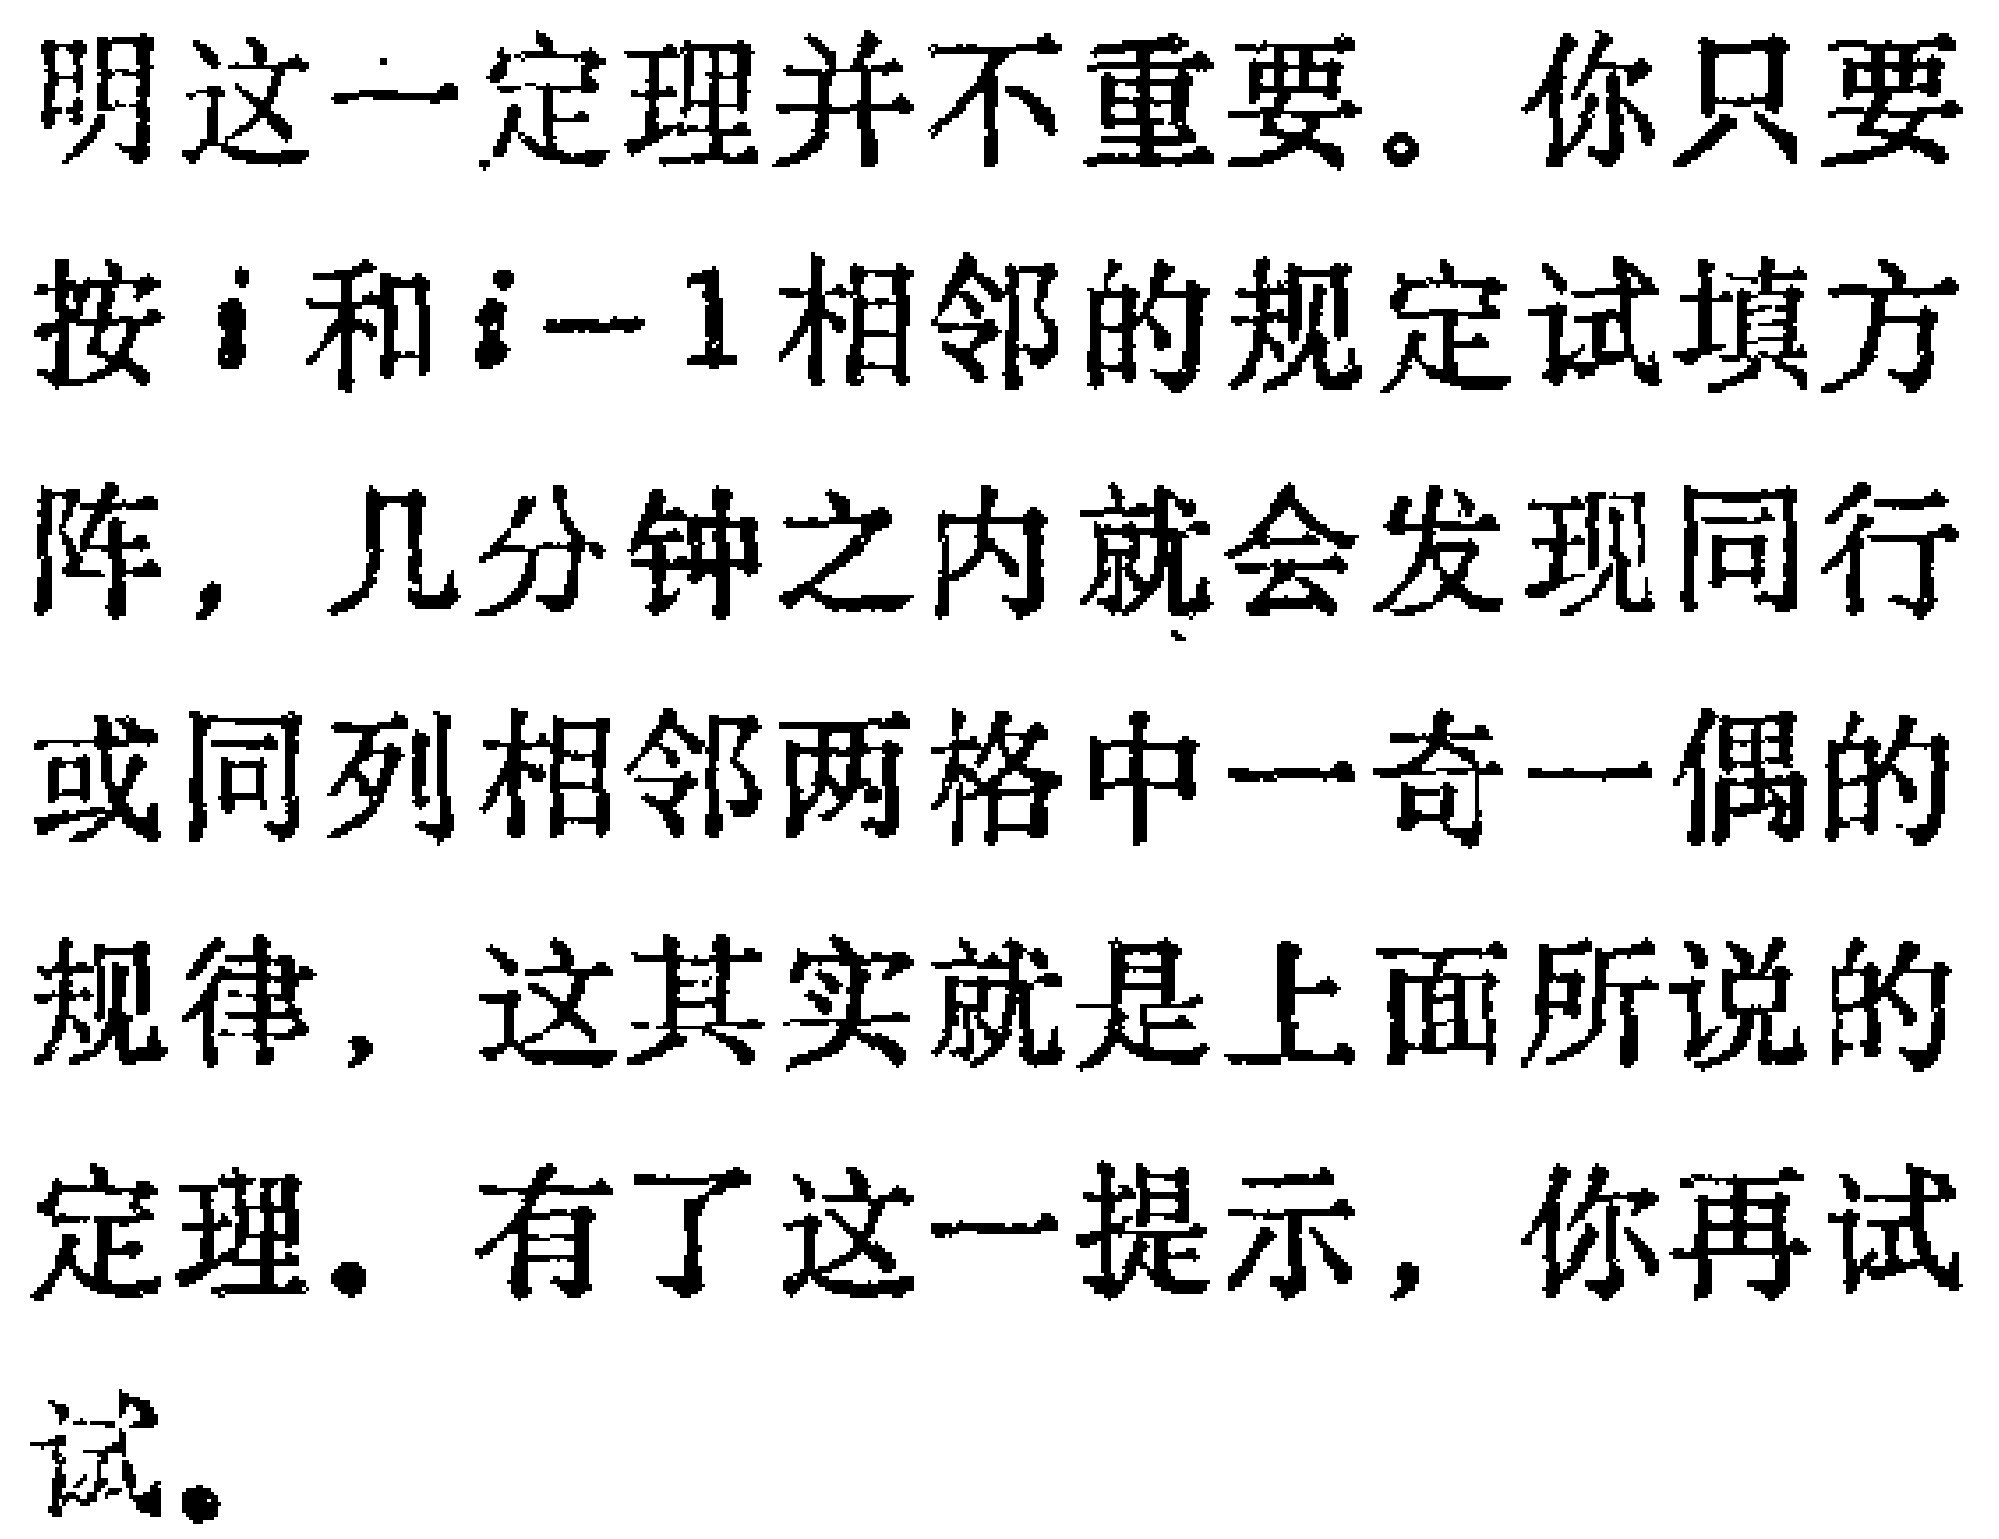
明这一定理并不重要。你只要按\(i\)和\(i - 1\)相邻的规定试填方阵，几分钟之内就会发现同行或同列相邻两格中一奇一偶的规律，这其实就是上面所说的定理。有了这一提示，你再试试。